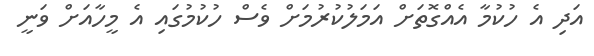
އަދި އެ ހުކުމާ އެއްގޮތަށް އަމަލުކުރުމަށް ވެސް ހުކުމުގައި އެ މީހާއަށް ވަނީ